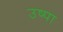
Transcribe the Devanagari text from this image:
उष्पा